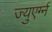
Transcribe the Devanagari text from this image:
ज्युएर्ग्न